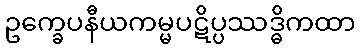
ဥက္ခေပနီယကမ္မပဋိပ္ပဿဒ္ဓိကထာ